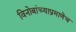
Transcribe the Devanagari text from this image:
विनोबांच्याप्रमाणेच